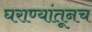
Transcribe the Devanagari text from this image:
घराण्यांतूनच